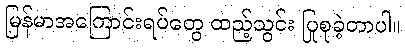
မြန်မာအကြောင်းရပ်တွေ ထည့်သွင်း ပြုစုခဲ့တာပါ။